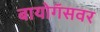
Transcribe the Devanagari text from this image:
बायोगॅसवर